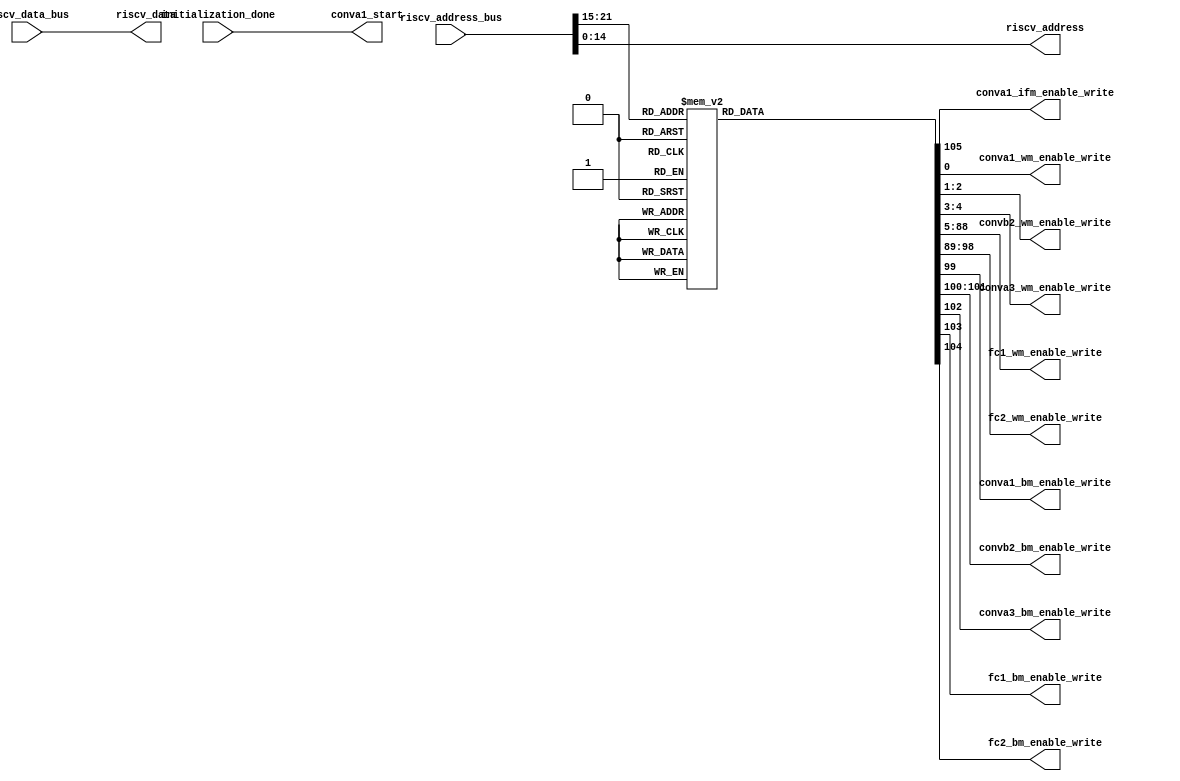
`timescale 1ns / 1ps


module 
 memory_control #(parameter
///////////advanced parameters//////////
	DATA_WIDTH 		       = 32,
///////////architecture parameters//////
	ADDRESS_BUS            = 22,                                                
    ADDRESS_BITS           = 15,
    ENABLE_BITS            = 7)

	(

    input [DATA_WIDTH-1:0] riscv_data_bus,
    input [ADDRESS_BUS-1:0] riscv_address_bus,
    input initialization_done, 
	output conva1_start,

	//1 indicates the input img is grayscale
	output [1-1:0] conva1_ifm_enable_write, 
	
	output [1-1:0] conva1_wm_enable_write,
	output [2-1:0] convb2_wm_enable_write,
	output [2-1:0] conva3_wm_enable_write,
	output [84-1:0] fc1_wm_enable_write,
	output [10-1:0] fc2_wm_enable_write,
	output conva1_bm_enable_write,
	output [2-1:0] convb2_bm_enable_write,
	output conva3_bm_enable_write,
	output fc1_bm_enable_write,
	output fc2_bm_enable_write,
	
	output [DATA_WIDTH-1:0] riscv_data,
    output [ADDRESS_BITS-1:0] riscv_address
	);
	
	reg [106-1:0] enable_write;
    wire [ENABLE_BITS-1:0] address_enable_bits;
	
    assign riscv_data          = riscv_data_bus;
    assign riscv_address       = riscv_address_bus[ADDRESS_BITS-1:0];
    
    assign address_enable_bits = riscv_address_bus[ADDRESS_BUS-1 : ADDRESS_BUS-ENABLE_BITS];
	
	assign    conva1_start = initialization_done;
	
	
	    always @*
		begin
        case(address_enable_bits)
			7'd1  : begin enable_write = 106'b0000000000000000000000000000000000000000000000000000000000000000000000000000000000000000000000000000000001;end
			7'd2  : begin enable_write = 106'b0000000000000000000000000000000000000000000000000000000000000000000000000000000000000000000000000000000010;end
			7'd3  : begin enable_write = 106'b0000000000000000000000000000000000000000000000000000000000000000000000000000000000000000000000000000000100;end
			7'd4  : begin enable_write = 106'b0000000000000000000000000000000000000000000000000000000000000000000000000000000000000000000000000000001000;end
			7'd5  : begin enable_write = 106'b0000000000000000000000000000000000000000000000000000000000000000000000000000000000000000000000000000010000;end
			7'd6  : begin enable_write = 106'b0000000000000000000000000000000000000000000000000000000000000000000000000000000000000000000000000000100000;end
			7'd7  : begin enable_write = 106'b0000000000000000000000000000000000000000000000000000000000000000000000000000000000000000000000000001000000;end
			7'd8  : begin enable_write = 106'b0000000000000000000000000000000000000000000000000000000000000000000000000000000000000000000000000010000000;end
			7'd9  : begin enable_write = 106'b0000000000000000000000000000000000000000000000000000000000000000000000000000000000000000000000000100000000;end
			7'd10  : begin enable_write = 106'b0000000000000000000000000000000000000000000000000000000000000000000000000000000000000000000000001000000000;end
			7'd11  : begin enable_write = 106'b0000000000000000000000000000000000000000000000000000000000000000000000000000000000000000000000010000000000;end
			7'd12  : begin enable_write = 106'b0000000000000000000000000000000000000000000000000000000000000000000000000000000000000000000000100000000000;end
			7'd13  : begin enable_write = 106'b0000000000000000000000000000000000000000000000000000000000000000000000000000000000000000000001000000000000;end
			7'd14  : begin enable_write = 106'b0000000000000000000000000000000000000000000000000000000000000000000000000000000000000000000010000000000000;end
			7'd15  : begin enable_write = 106'b0000000000000000000000000000000000000000000000000000000000000000000000000000000000000000000100000000000000;end
			7'd16  : begin enable_write = 106'b0000000000000000000000000000000000000000000000000000000000000000000000000000000000000000001000000000000000;end
			7'd17  : begin enable_write = 106'b0000000000000000000000000000000000000000000000000000000000000000000000000000000000000000010000000000000000;end
			7'd18  : begin enable_write = 106'b0000000000000000000000000000000000000000000000000000000000000000000000000000000000000000100000000000000000;end
			7'd19  : begin enable_write = 106'b0000000000000000000000000000000000000000000000000000000000000000000000000000000000000001000000000000000000;end
			7'd20  : begin enable_write = 106'b0000000000000000000000000000000000000000000000000000000000000000000000000000000000000010000000000000000000;end
			7'd21  : begin enable_write = 106'b0000000000000000000000000000000000000000000000000000000000000000000000000000000000000100000000000000000000;end
			7'd22  : begin enable_write = 106'b0000000000000000000000000000000000000000000000000000000000000000000000000000000000001000000000000000000000;end
			7'd23  : begin enable_write = 106'b0000000000000000000000000000000000000000000000000000000000000000000000000000000000010000000000000000000000;end
			7'd24  : begin enable_write = 106'b0000000000000000000000000000000000000000000000000000000000000000000000000000000000100000000000000000000000;end
			7'd25  : begin enable_write = 106'b0000000000000000000000000000000000000000000000000000000000000000000000000000000001000000000000000000000000;end
			7'd26  : begin enable_write = 106'b0000000000000000000000000000000000000000000000000000000000000000000000000000000010000000000000000000000000;end
			7'd27  : begin enable_write = 106'b0000000000000000000000000000000000000000000000000000000000000000000000000000000100000000000000000000000000;end
			7'd28  : begin enable_write = 106'b0000000000000000000000000000000000000000000000000000000000000000000000000000001000000000000000000000000000;end
			7'd29  : begin enable_write = 106'b0000000000000000000000000000000000000000000000000000000000000000000000000000010000000000000000000000000000;end
			7'd30  : begin enable_write = 106'b0000000000000000000000000000000000000000000000000000000000000000000000000000100000000000000000000000000000;end
			7'd31  : begin enable_write = 106'b0000000000000000000000000000000000000000000000000000000000000000000000000001000000000000000000000000000000;end
			7'd32  : begin enable_write = 106'b0000000000000000000000000000000000000000000000000000000000000000000000000010000000000000000000000000000000;end
			7'd33  : begin enable_write = 106'b0000000000000000000000000000000000000000000000000000000000000000000000000100000000000000000000000000000000;end
			7'd34  : begin enable_write = 106'b0000000000000000000000000000000000000000000000000000000000000000000000001000000000000000000000000000000000;end
			7'd35  : begin enable_write = 106'b0000000000000000000000000000000000000000000000000000000000000000000000010000000000000000000000000000000000;end
			7'd36  : begin enable_write = 106'b0000000000000000000000000000000000000000000000000000000000000000000000100000000000000000000000000000000000;end
			7'd37  : begin enable_write = 106'b0000000000000000000000000000000000000000000000000000000000000000000001000000000000000000000000000000000000;end
			7'd38  : begin enable_write = 106'b0000000000000000000000000000000000000000000000000000000000000000000010000000000000000000000000000000000000;end
			7'd39  : begin enable_write = 106'b0000000000000000000000000000000000000000000000000000000000000000000100000000000000000000000000000000000000;end
			7'd40  : begin enable_write = 106'b0000000000000000000000000000000000000000000000000000000000000000001000000000000000000000000000000000000000;end
			7'd41  : begin enable_write = 106'b0000000000000000000000000000000000000000000000000000000000000000010000000000000000000000000000000000000000;end
			7'd42  : begin enable_write = 106'b0000000000000000000000000000000000000000000000000000000000000000100000000000000000000000000000000000000000;end
			7'd43  : begin enable_write = 106'b0000000000000000000000000000000000000000000000000000000000000001000000000000000000000000000000000000000000;end
			7'd44  : begin enable_write = 106'b0000000000000000000000000000000000000000000000000000000000000010000000000000000000000000000000000000000000;end
			7'd45  : begin enable_write = 106'b0000000000000000000000000000000000000000000000000000000000000100000000000000000000000000000000000000000000;end
			7'd46  : begin enable_write = 106'b0000000000000000000000000000000000000000000000000000000000001000000000000000000000000000000000000000000000;end
			7'd47  : begin enable_write = 106'b0000000000000000000000000000000000000000000000000000000000010000000000000000000000000000000000000000000000;end
			7'd48  : begin enable_write = 106'b0000000000000000000000000000000000000000000000000000000000100000000000000000000000000000000000000000000000;end
			7'd49  : begin enable_write = 106'b0000000000000000000000000000000000000000000000000000000001000000000000000000000000000000000000000000000000;end
			7'd50  : begin enable_write = 106'b0000000000000000000000000000000000000000000000000000000010000000000000000000000000000000000000000000000000;end
			7'd51  : begin enable_write = 106'b0000000000000000000000000000000000000000000000000000000100000000000000000000000000000000000000000000000000;end
			7'd52  : begin enable_write = 106'b0000000000000000000000000000000000000000000000000000001000000000000000000000000000000000000000000000000000;end
			7'd53  : begin enable_write = 106'b0000000000000000000000000000000000000000000000000000010000000000000000000000000000000000000000000000000000;end
			7'd54  : begin enable_write = 106'b0000000000000000000000000000000000000000000000000000100000000000000000000000000000000000000000000000000000;end
			7'd55  : begin enable_write = 106'b0000000000000000000000000000000000000000000000000001000000000000000000000000000000000000000000000000000000;end
			7'd56  : begin enable_write = 106'b0000000000000000000000000000000000000000000000000010000000000000000000000000000000000000000000000000000000;end
			7'd57  : begin enable_write = 106'b0000000000000000000000000000000000000000000000000100000000000000000000000000000000000000000000000000000000;end
			7'd58  : begin enable_write = 106'b0000000000000000000000000000000000000000000000001000000000000000000000000000000000000000000000000000000000;end
			7'd59  : begin enable_write = 106'b0000000000000000000000000000000000000000000000010000000000000000000000000000000000000000000000000000000000;end
			7'd60  : begin enable_write = 106'b0000000000000000000000000000000000000000000000100000000000000000000000000000000000000000000000000000000000;end
			7'd61  : begin enable_write = 106'b0000000000000000000000000000000000000000000001000000000000000000000000000000000000000000000000000000000000;end
			7'd62  : begin enable_write = 106'b0000000000000000000000000000000000000000000010000000000000000000000000000000000000000000000000000000000000;end
			7'd63  : begin enable_write = 106'b0000000000000000000000000000000000000000000100000000000000000000000000000000000000000000000000000000000000;end
			7'd64  : begin enable_write = 106'b0000000000000000000000000000000000000000001000000000000000000000000000000000000000000000000000000000000000;end
			7'd65  : begin enable_write = 106'b0000000000000000000000000000000000000000010000000000000000000000000000000000000000000000000000000000000000;end
			7'd66  : begin enable_write = 106'b0000000000000000000000000000000000000000100000000000000000000000000000000000000000000000000000000000000000;end
			7'd67  : begin enable_write = 106'b0000000000000000000000000000000000000001000000000000000000000000000000000000000000000000000000000000000000;end
			7'd68  : begin enable_write = 106'b0000000000000000000000000000000000000010000000000000000000000000000000000000000000000000000000000000000000;end
			7'd69  : begin enable_write = 106'b0000000000000000000000000000000000000100000000000000000000000000000000000000000000000000000000000000000000;end
			7'd70  : begin enable_write = 106'b0000000000000000000000000000000000001000000000000000000000000000000000000000000000000000000000000000000000;end
			7'd71  : begin enable_write = 106'b0000000000000000000000000000000000010000000000000000000000000000000000000000000000000000000000000000000000;end
			7'd72  : begin enable_write = 106'b0000000000000000000000000000000000100000000000000000000000000000000000000000000000000000000000000000000000;end
			7'd73  : begin enable_write = 106'b0000000000000000000000000000000001000000000000000000000000000000000000000000000000000000000000000000000000;end
			7'd74  : begin enable_write = 106'b0000000000000000000000000000000010000000000000000000000000000000000000000000000000000000000000000000000000;end
			7'd75  : begin enable_write = 106'b0000000000000000000000000000000100000000000000000000000000000000000000000000000000000000000000000000000000;end
			7'd76  : begin enable_write = 106'b0000000000000000000000000000001000000000000000000000000000000000000000000000000000000000000000000000000000;end
			7'd77  : begin enable_write = 106'b0000000000000000000000000000010000000000000000000000000000000000000000000000000000000000000000000000000000;end
			7'd78  : begin enable_write = 106'b0000000000000000000000000000100000000000000000000000000000000000000000000000000000000000000000000000000000;end
			7'd79  : begin enable_write = 106'b0000000000000000000000000001000000000000000000000000000000000000000000000000000000000000000000000000000000;end
			7'd80  : begin enable_write = 106'b0000000000000000000000000010000000000000000000000000000000000000000000000000000000000000000000000000000000;end
			7'd81  : begin enable_write = 106'b0000000000000000000000000100000000000000000000000000000000000000000000000000000000000000000000000000000000;end
			7'd82  : begin enable_write = 106'b0000000000000000000000001000000000000000000000000000000000000000000000000000000000000000000000000000000000;end
			7'd83  : begin enable_write = 106'b0000000000000000000000010000000000000000000000000000000000000000000000000000000000000000000000000000000000;end
			7'd84  : begin enable_write = 106'b0000000000000000000000100000000000000000000000000000000000000000000000000000000000000000000000000000000000;end
			7'd85  : begin enable_write = 106'b0000000000000000000001000000000000000000000000000000000000000000000000000000000000000000000000000000000000;end
			7'd86  : begin enable_write = 106'b0000000000000000000010000000000000000000000000000000000000000000000000000000000000000000000000000000000000;end
			7'd87  : begin enable_write = 106'b0000000000000000000100000000000000000000000000000000000000000000000000000000000000000000000000000000000000;end
			7'd88  : begin enable_write = 106'b0000000000000000001000000000000000000000000000000000000000000000000000000000000000000000000000000000000000;end
			7'd89  : begin enable_write = 106'b0000000000000000010000000000000000000000000000000000000000000000000000000000000000000000000000000000000000;end
			7'd90  : begin enable_write = 106'b0000000000000000100000000000000000000000000000000000000000000000000000000000000000000000000000000000000000;end
			7'd91  : begin enable_write = 106'b0000000000000001000000000000000000000000000000000000000000000000000000000000000000000000000000000000000000;end
			7'd92  : begin enable_write = 106'b0000000000000010000000000000000000000000000000000000000000000000000000000000000000000000000000000000000000;end
			7'd93  : begin enable_write = 106'b0000000000000100000000000000000000000000000000000000000000000000000000000000000000000000000000000000000000;end
			7'd94  : begin enable_write = 106'b0000000000001000000000000000000000000000000000000000000000000000000000000000000000000000000000000000000000;end
			7'd95  : begin enable_write = 106'b0000000000010000000000000000000000000000000000000000000000000000000000000000000000000000000000000000000000;end
			7'd96  : begin enable_write = 106'b0000000000100000000000000000000000000000000000000000000000000000000000000000000000000000000000000000000000;end
			7'd97  : begin enable_write = 106'b0000000001000000000000000000000000000000000000000000000000000000000000000000000000000000000000000000000000;end
			7'd98  : begin enable_write = 106'b0000000010000000000000000000000000000000000000000000000000000000000000000000000000000000000000000000000000;end
			7'd99  : begin enable_write = 106'b0000000100000000000000000000000000000000000000000000000000000000000000000000000000000000000000000000000000;end
			7'd100  : begin enable_write = 106'b0000001000000000000000000000000000000000000000000000000000000000000000000000000000000000000000000000000000;end
			7'd101  : begin enable_write = 106'b0000010000000000000000000000000000000000000000000000000000000000000000000000000000000000000000000000000000;end
			7'd102  : begin enable_write = 106'b0000100000000000000000000000000000000000000000000000000000000000000000000000000000000000000000000000000000;end
			7'd103  : begin enable_write = 106'b0001000000000000000000000000000000000000000000000000000000000000000000000000000000000000000000000000000000;end
			7'd104  : begin enable_write = 106'b0010000000000000000000000000000000000000000000000000000000000000000000000000000000000000000000000000000000;end
			7'd105  : begin enable_write = 106'b0100000000000000000000000000000000000000000000000000000000000000000000000000000000000000000000000000000000;end
			7'd106  : begin enable_write = 106'b1000000000000000000000000000000000000000000000000000000000000000000000000000000000000000000000000000000000;end

			default : begin enable_write = 106'b0000000000000000000000000000000000000000000000000000000000000000000000000000000000000000000000000000000000;end

		endcase
	end



assign conva1_ifm_enable_write = enable_write[105:105];

	assign conva1_wm_enable_write = enable_write[0:0];
	assign convb2_wm_enable_write = enable_write[2:1];
	assign conva3_wm_enable_write = enable_write[4:3];
	assign fc1_wm_enable_write = enable_write[88:5];
	assign fc2_wm_enable_write = enable_write[98:89];

	assign conva1_bm_enable_write = enable_write[99];
	assign convb2_bm_enable_write = enable_write[101:100];
	assign conva3_bm_enable_write = enable_write[102];
	assign fc1_bm_enable_write = enable_write[103];
	assign fc2_bm_enable_write = enable_write[104];
endmodule